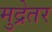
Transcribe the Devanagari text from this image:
मुद्रेतर